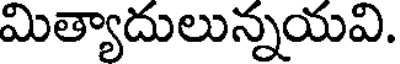
మిత్యాదులున్నయవి.